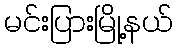
မင်းပြားမြို့နယ်